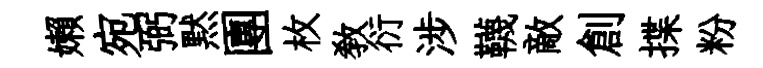
嬾宛弼黙團枚教衍涉韈敵創揲粉